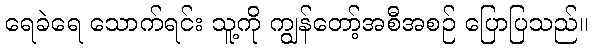
ရေခဲရေ သောက်ရင်း သူ့ကို ကျွန်တော့်အစီအစဉ် ပြောပြသည်။